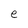
Character: e